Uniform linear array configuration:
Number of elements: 64
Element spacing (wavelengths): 0.75
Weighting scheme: hamming
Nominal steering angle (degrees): -60
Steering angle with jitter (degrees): -58.556
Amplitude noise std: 0.05
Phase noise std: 0.05

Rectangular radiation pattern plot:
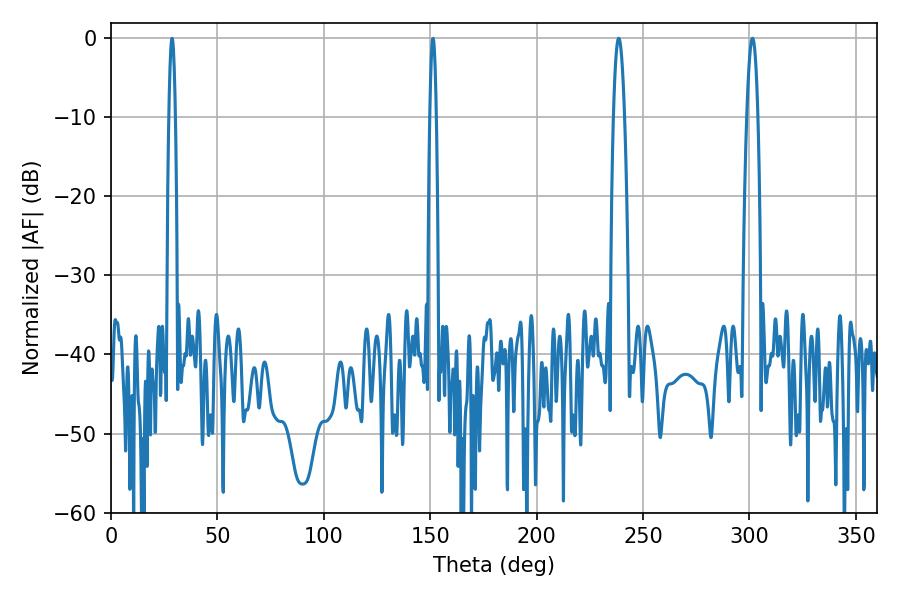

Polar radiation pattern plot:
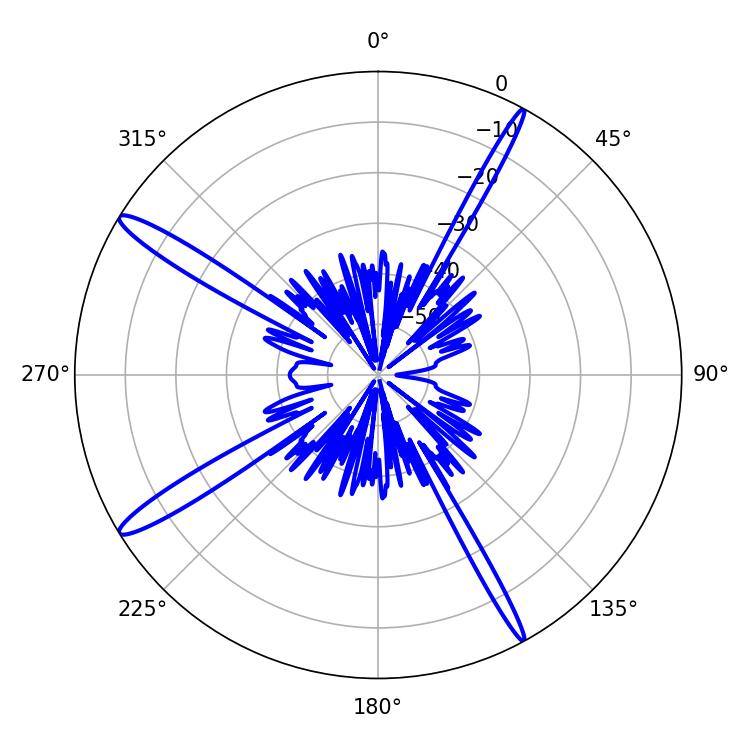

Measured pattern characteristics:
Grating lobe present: TRUE
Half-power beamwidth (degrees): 2.7
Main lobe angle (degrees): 238.5